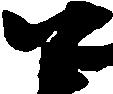
尉